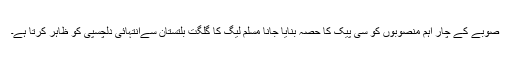
صوبے کے چار اہم منصوبوں کو سی پیک کا حصہ بنایا جانا مسلم لیگ کا گلگت بلتستان سےانتہائی دلچسپی کو ظاہر کرتا ہے۔